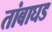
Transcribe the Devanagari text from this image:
तांबाघड